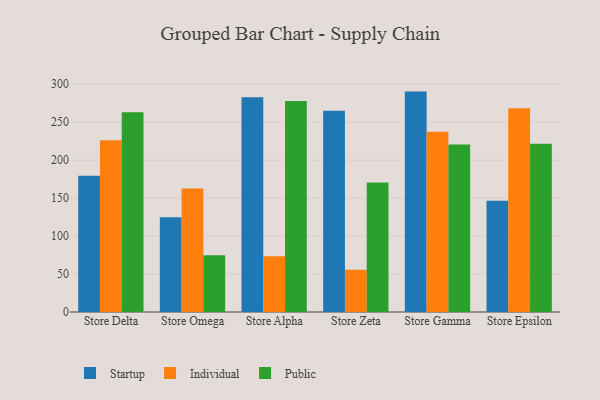
{"axis": {"x": "Store", "y": "Energy Usage (MWh)"}, "legend": ["Individual", "Public", "Startup"], "data": [{"x": "Store Delta", "y": 179.3, "type": "Startup"}, {"x": "Store Delta", "y": 226.0, "type": "Individual"}, {"x": "Store Delta", "y": 263.1, "type": "Public"}, {"x": "Store Omega", "y": 124.7, "type": "Startup"}, {"x": "Store Omega", "y": 162.5, "type": "Individual"}, {"x": "Store Omega", "y": 74.8, "type": "Public"}, {"x": "Store Alpha", "y": 282.7, "type": "Startup"}, {"x": "Store Alpha", "y": 73.5, "type": "Individual"}, {"x": "Store Alpha", "y": 277.7, "type": "Public"}, {"x": "Store Zeta", "y": 265.1, "type": "Startup"}, {"x": "Store Zeta", "y": 55.7, "type": "Individual"}, {"x": "Store Zeta", "y": 170.6, "type": "Public"}, {"x": "Store Gamma", "y": 290.2, "type": "Startup"}, {"x": "Store Gamma", "y": 237.2, "type": "Individual"}, {"x": "Store Gamma", "y": 220.6, "type": "Public"}, {"x": "Store Epsilon", "y": 146.5, "type": "Startup"}, {"x": "Store Epsilon", "y": 268.3, "type": "Individual"}, {"x": "Store Epsilon", "y": 221.4, "type": "Public"}]}